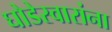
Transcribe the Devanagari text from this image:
घोडेस्वारांना